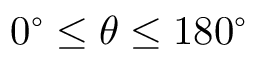
0 ^ { \circ } \le \theta \le 1 8 0 ^ { \circ }